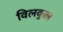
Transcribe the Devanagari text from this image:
विलकुल